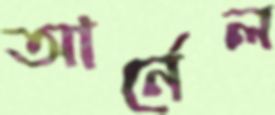
আর্নেল